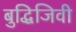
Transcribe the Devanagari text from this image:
बुद्धिजिवी